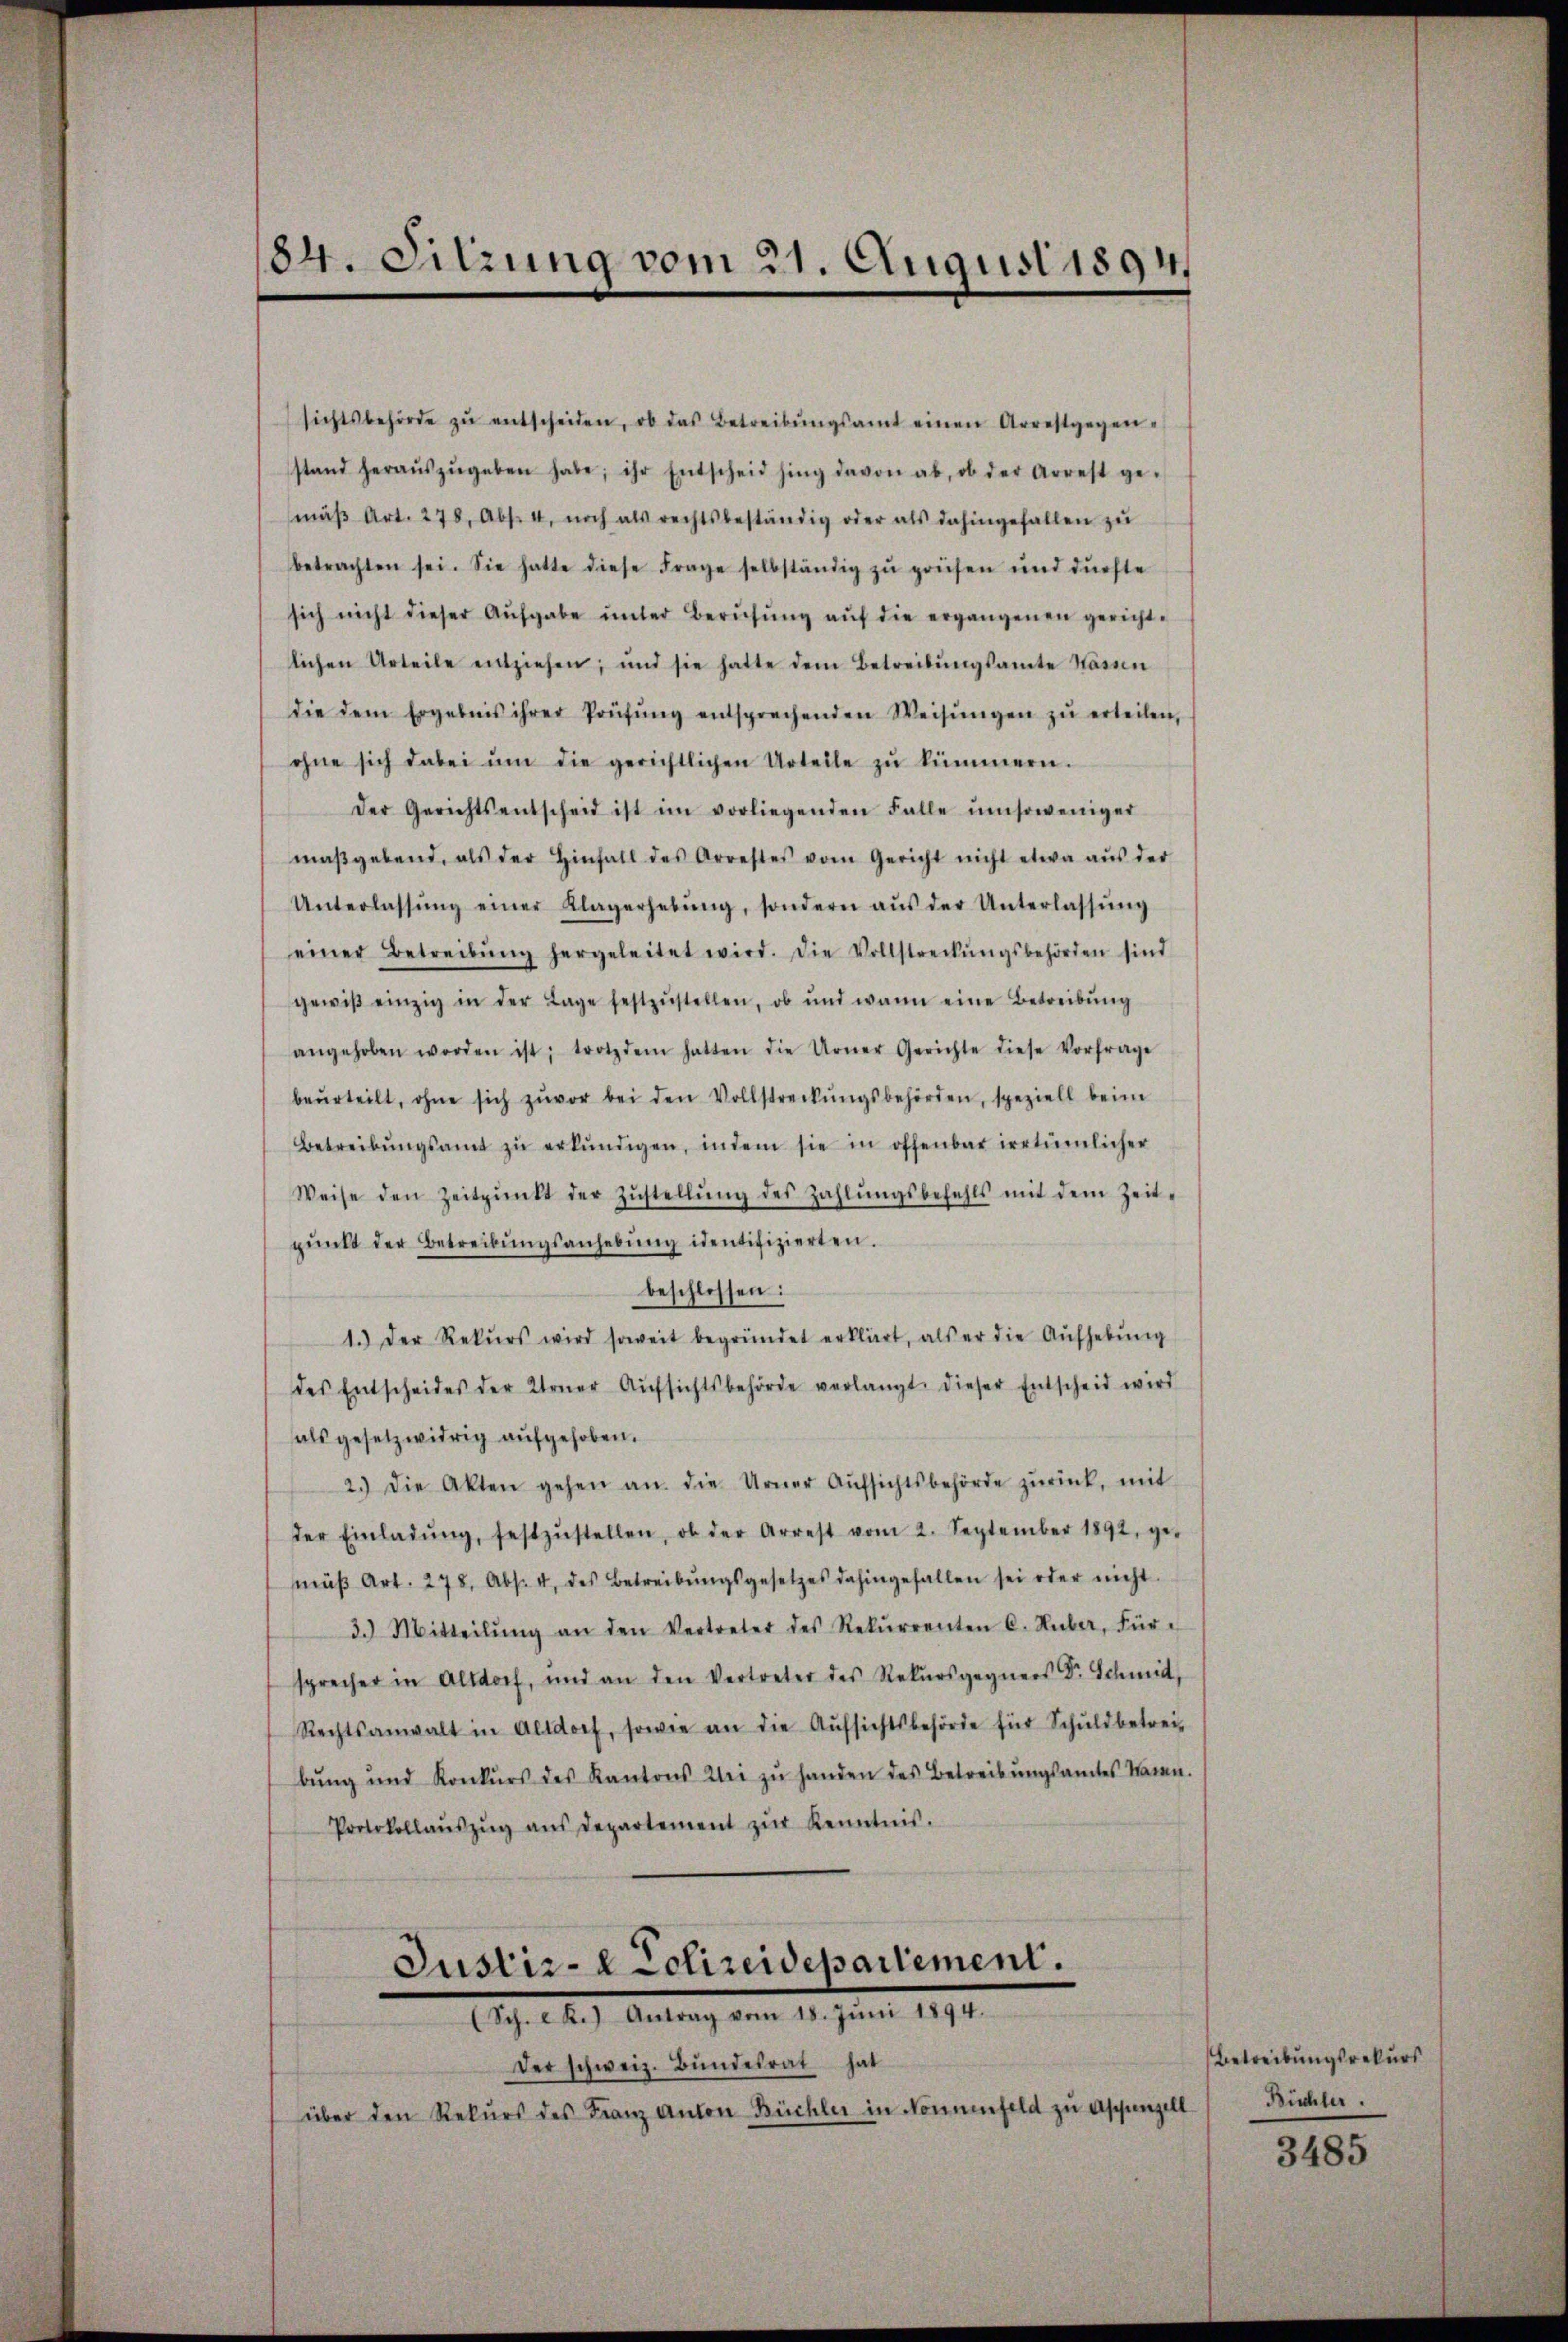
184. Sitzung vom 21. August 1894,

sichtsbehörde zŭ entscheiden, ob das Betreibŭngsamt einen Arrestgegen-
stand heraŭszŭgeben habe; ihr Entscheid hing davon ab, ob der Arrest ge-
mäβ Art. 278, Abs. 4, noch als rechtsbeständig oder als dahingefallen zu
betrachten sei. Sie hatte diese Frage selbständig zŭ prüfen und dürfte
sich nicht dieser Aufgabe ŭnter Berufung aŭf die ergangenen gericht-
lichen Urteile entziehen; und sie hatte dem Betreibŭngsamte Kasin
die dem Ergebnis ihrer Prüfŭng entsprechenden Weisŭngen zŭ erteilen,
ohne sich dabei ŭm die gerichtlichen Urteile zŭ kümmern.
Der Gerichtsentscheid ist im vorliegenden Falle ŭmsoweniger
maβgebend, als der Hinfall des Arrestes vom Gericht nicht etwa aŭs der
Unterlassŭng einer Klagerhebŭng, sondern aŭs der Unterlassŭng
einer Betreibŭng hergeleitet wird. Die Vollstreckŭngsbehörden sind
gewiβ einzig in der Lage festzŭstellen, ob und wann eine Betreibŭng
angehoben worden ist; trotzdem hatten die Urner Gerichte diese Vorfrage
beŭrteilt, ohne sich zuvor bei den Vollstreckŭngsbehörden, speziell beim
Betreibŭngsamt zŭ erkŭndigen, indem sie in offenbar irrtümlicher
Weise den Zeitpunkt der Zŭstellŭng des Zahlŭngsbefehls mit dem Zeit-
pŭnkt der Betreibŭngsanhebŭng identifizierten.
beschlossen:
1.) Der Rekŭrs wird soweit begründet erklärt, als er die Aufhebung
des Entscheides der Urner Aŭfsichtsbehörde verlangt dieser Entscheid wird
als gesetzwidrig aufgehoben.
2.) Die Akten gehen an. die Urner Aŭfsichtsbehörde zŭrück, mit
der Einladŭng, festzŭstellen, ob der Arrest vom 2. September 1892, ge-
mäβ Art. 278, Abs. 4 des Betreibŭngsgesetzes dahingefallen sei oder nicht
3.) Mitteilŭng an den Vertreter des Rekŭrrenten C. Huber, Für-
sprecher in Altdorf, und an den Vertreter des Rekŭrsgegners Dr. Schmid,
Rechtsanwalt in Altdorf, sowie an die Aŭfsichtsbehörde für Schŭldbetreibung und Konkŭrs des Kantons Klei zu handen des Betreibungsamtes kann.
Protokollaŭszŭg aŭs departement zŭr Kenntnis.
Justiz- Eclireidepartement.
Arg. 14.) Antrag vom 14. Juni 1891.
Der schweiz. Bundesrat hat
über den Rekŭrs des Franz Anton Büchler in Nonnenfeld zu Appenzell

Betreibungsrekurs
Büchler.

3485